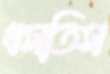
ধসতিস